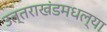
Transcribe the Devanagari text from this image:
उत्तराखंडमधल्या